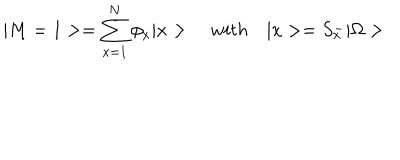
| M = 1 > = \sum _ { x = 1 } ^ { N } \phi _ { x } | x > \quad w i t h \quad | x > = S _ { x } ^ { - } | \Omega >